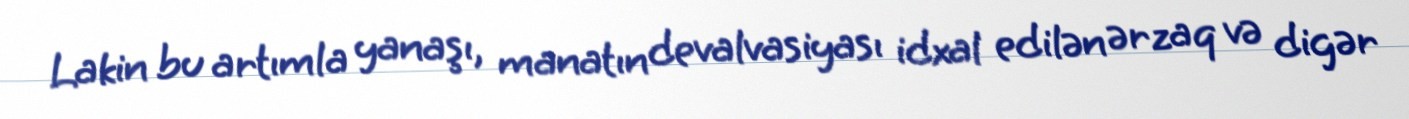
Lakin bu artımla yanaşı, manatın devalvasiyası idxal edilən ərzaq və digər